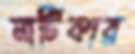
নাটিকার